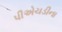
પીએચડીના